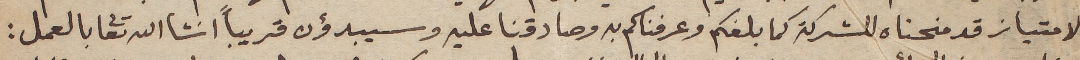
الامتياز قد منحناه للشركة كما بلغكم وعرفناكم به وصادقنا عليه وسيبدؤن قريباً انشالله تعالى بالعمل: